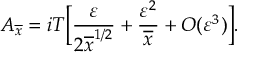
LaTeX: A _ { \overline { { { x } } } } = i T \Big [ { \frac { \varepsilon } { 2 \overline { { { x } } } ^ { 1 / 2 } } } + { \frac { \varepsilon ^ { 2 } } { \overline { { { x } } } } } + { \cal O } ( \varepsilon ^ { 3 } ) \Big ] .